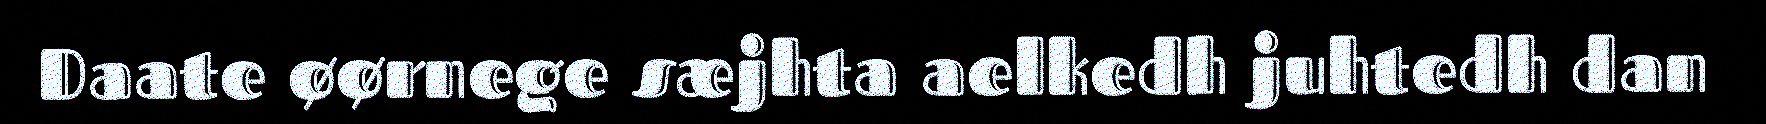
Daate øørnege sæjhta aelkedh juhtedh dan